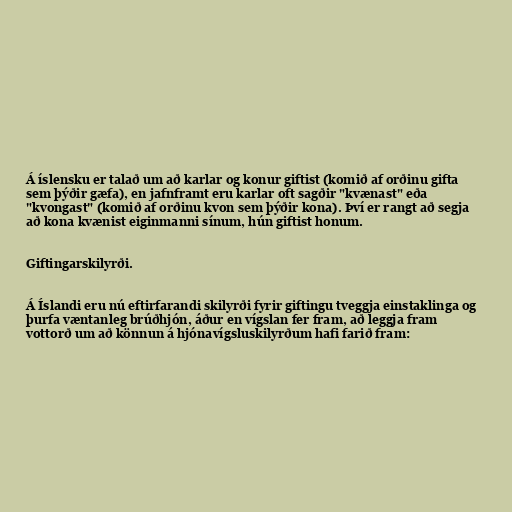
Á íslensku er talað um að karlar og konur giftist (komið af orðinu gifta
sem þýðir gæfa), en jafnframt eru karlar oft sagðir "kvænast" eða
"kvongast" (komið af orðinu kvon sem þýðir kona). Því er rangt að segja
að kona kvænist eiginmanni sínum, hún giftist honum.

Giftingarskilyrði.

Á Íslandi eru nú eftirfarandi skilyrði fyrir giftingu tveggja einstaklinga og
þurfa væntanleg brúðhjón, áður en vígslan fer fram, að leggja fram
vottorð um að könnun á hjónavígsluskilyrðum hafi farið fram: